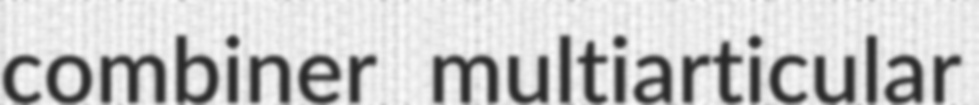
combiner multiarticular